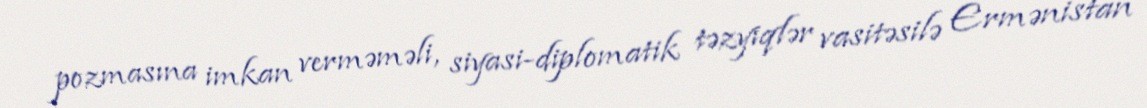
pozmasına imkan verməməli, siyasi-diplomatik təzyiqlər vasitəsilə Ermənistan